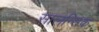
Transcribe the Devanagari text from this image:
सालन्सिक